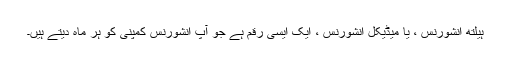
ہیلتھ انشورنس ، یا میڈیکل انشورنس ، ایک ایسی رقم ہے جو آپ انشورنس کمپنی کو ہر ماہ دیتے ہیں۔